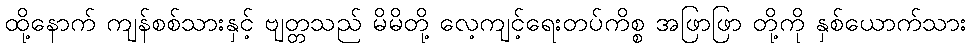
ထို့နောက် ကျန်စစ်သားနှင့် ဗျတ္တသည် မိမိတို့ လေ့ကျင့်ရေးတပ်ကိစ္စ အဖြာဖြာ တို့ကို နှစ်ယောက်သား